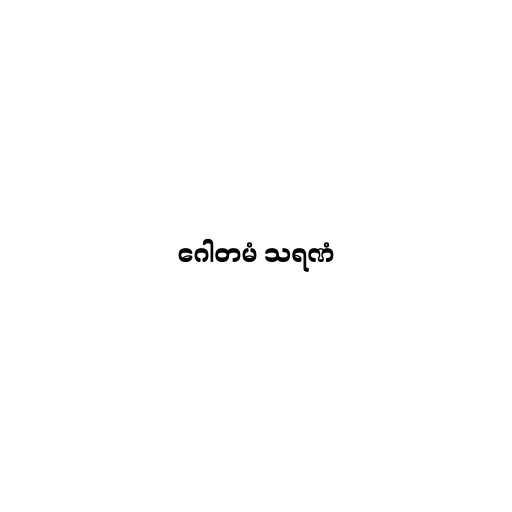
ဂေါတမံ သရဏံ